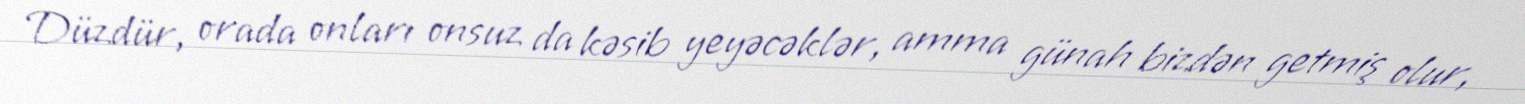
Düzdür, orada onları onsuz da kəsib yeyəcəklər, amma günah bizdən getmiş olur,